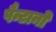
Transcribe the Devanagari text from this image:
पैन्टानो